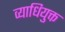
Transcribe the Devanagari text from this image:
व्याधियुक्त